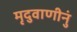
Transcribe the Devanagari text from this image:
मृदुवाणीनुं